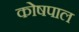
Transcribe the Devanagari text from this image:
कोषपाल